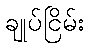
ချုပ်ငြိမ်း